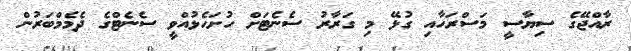
ރާއްޖޭގެ ސިޔާސީ މަސްރަހާއި ގުޅޭ މި ގަރާރު ސެނެޓަށް ހުށަހެޅުއްވީ ސެނެޓްގެ ދެމެމްބަރުން